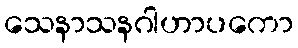
သေနာသနဂါဟာပကော